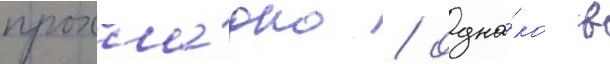
прохла́дно / одна́ко в